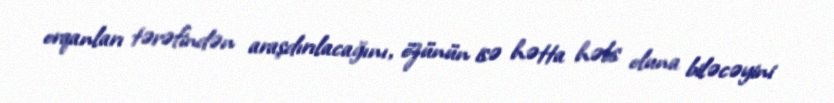
orqanları tərəfindən araşdırılacağını, özünün isə hətta həbs oluna biləcəyini